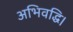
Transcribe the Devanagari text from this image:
अभिवद्धि।